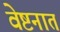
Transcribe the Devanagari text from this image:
वेष्टनात